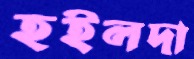
হইলদা